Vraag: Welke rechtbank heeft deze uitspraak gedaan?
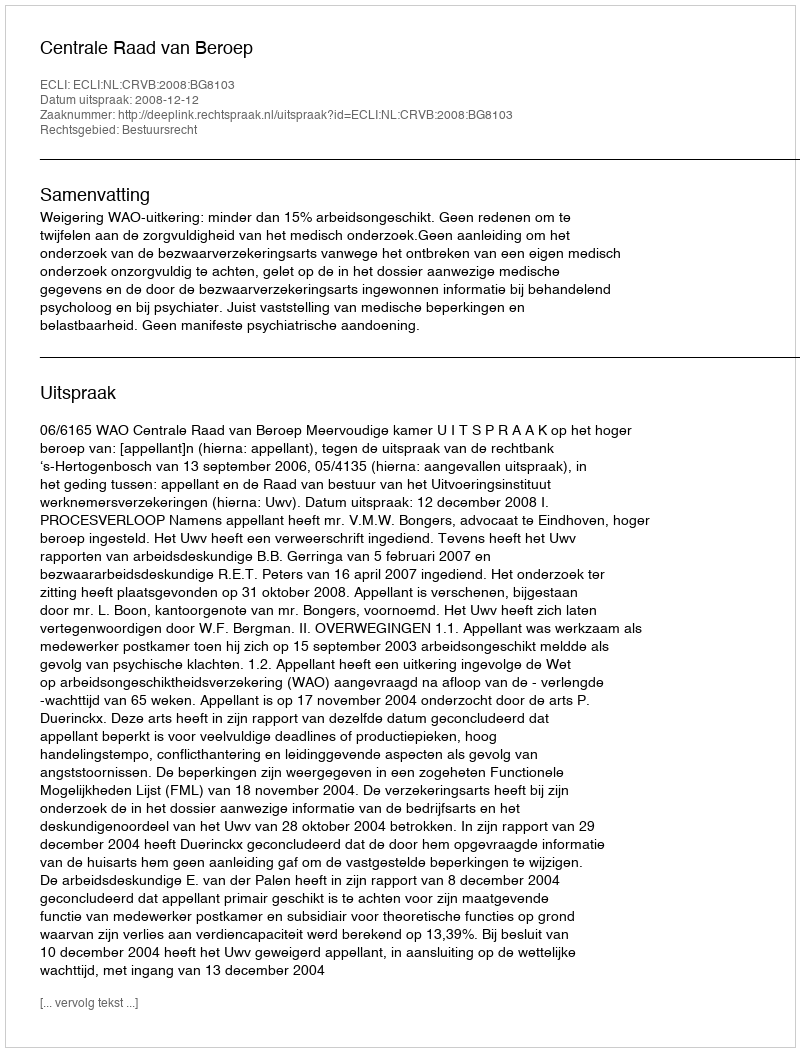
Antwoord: Centrale Raad van Beroep